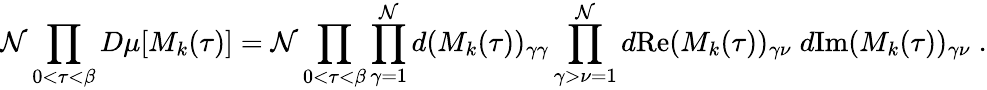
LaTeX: {\cal\mathcal{N}}\prod_{0<\tau<\beta}D\mu[M_{k}(\tau)]={\cal\mathcal{N}}\prod_{0<\tau<\beta}\prod_{\gamma=1}^{\mathcal{N}}d(M_{k}(\tau))_{\gamma\gamma}\prod_{\gamma>\nu=1}^{\mathcal{N}}d\mathrm{{Re}}(M_{k}(\tau))_{\gamma\nu}\; d\mathrm{{Im}}(M_{k}(\tau))_{\gamma\nu}\; .